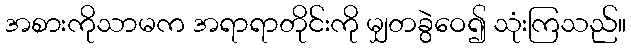
အစားကိုသာမက အရာရာတိုင်းကို မျှတခွဲဝေ၍ သုံးကြသည်။